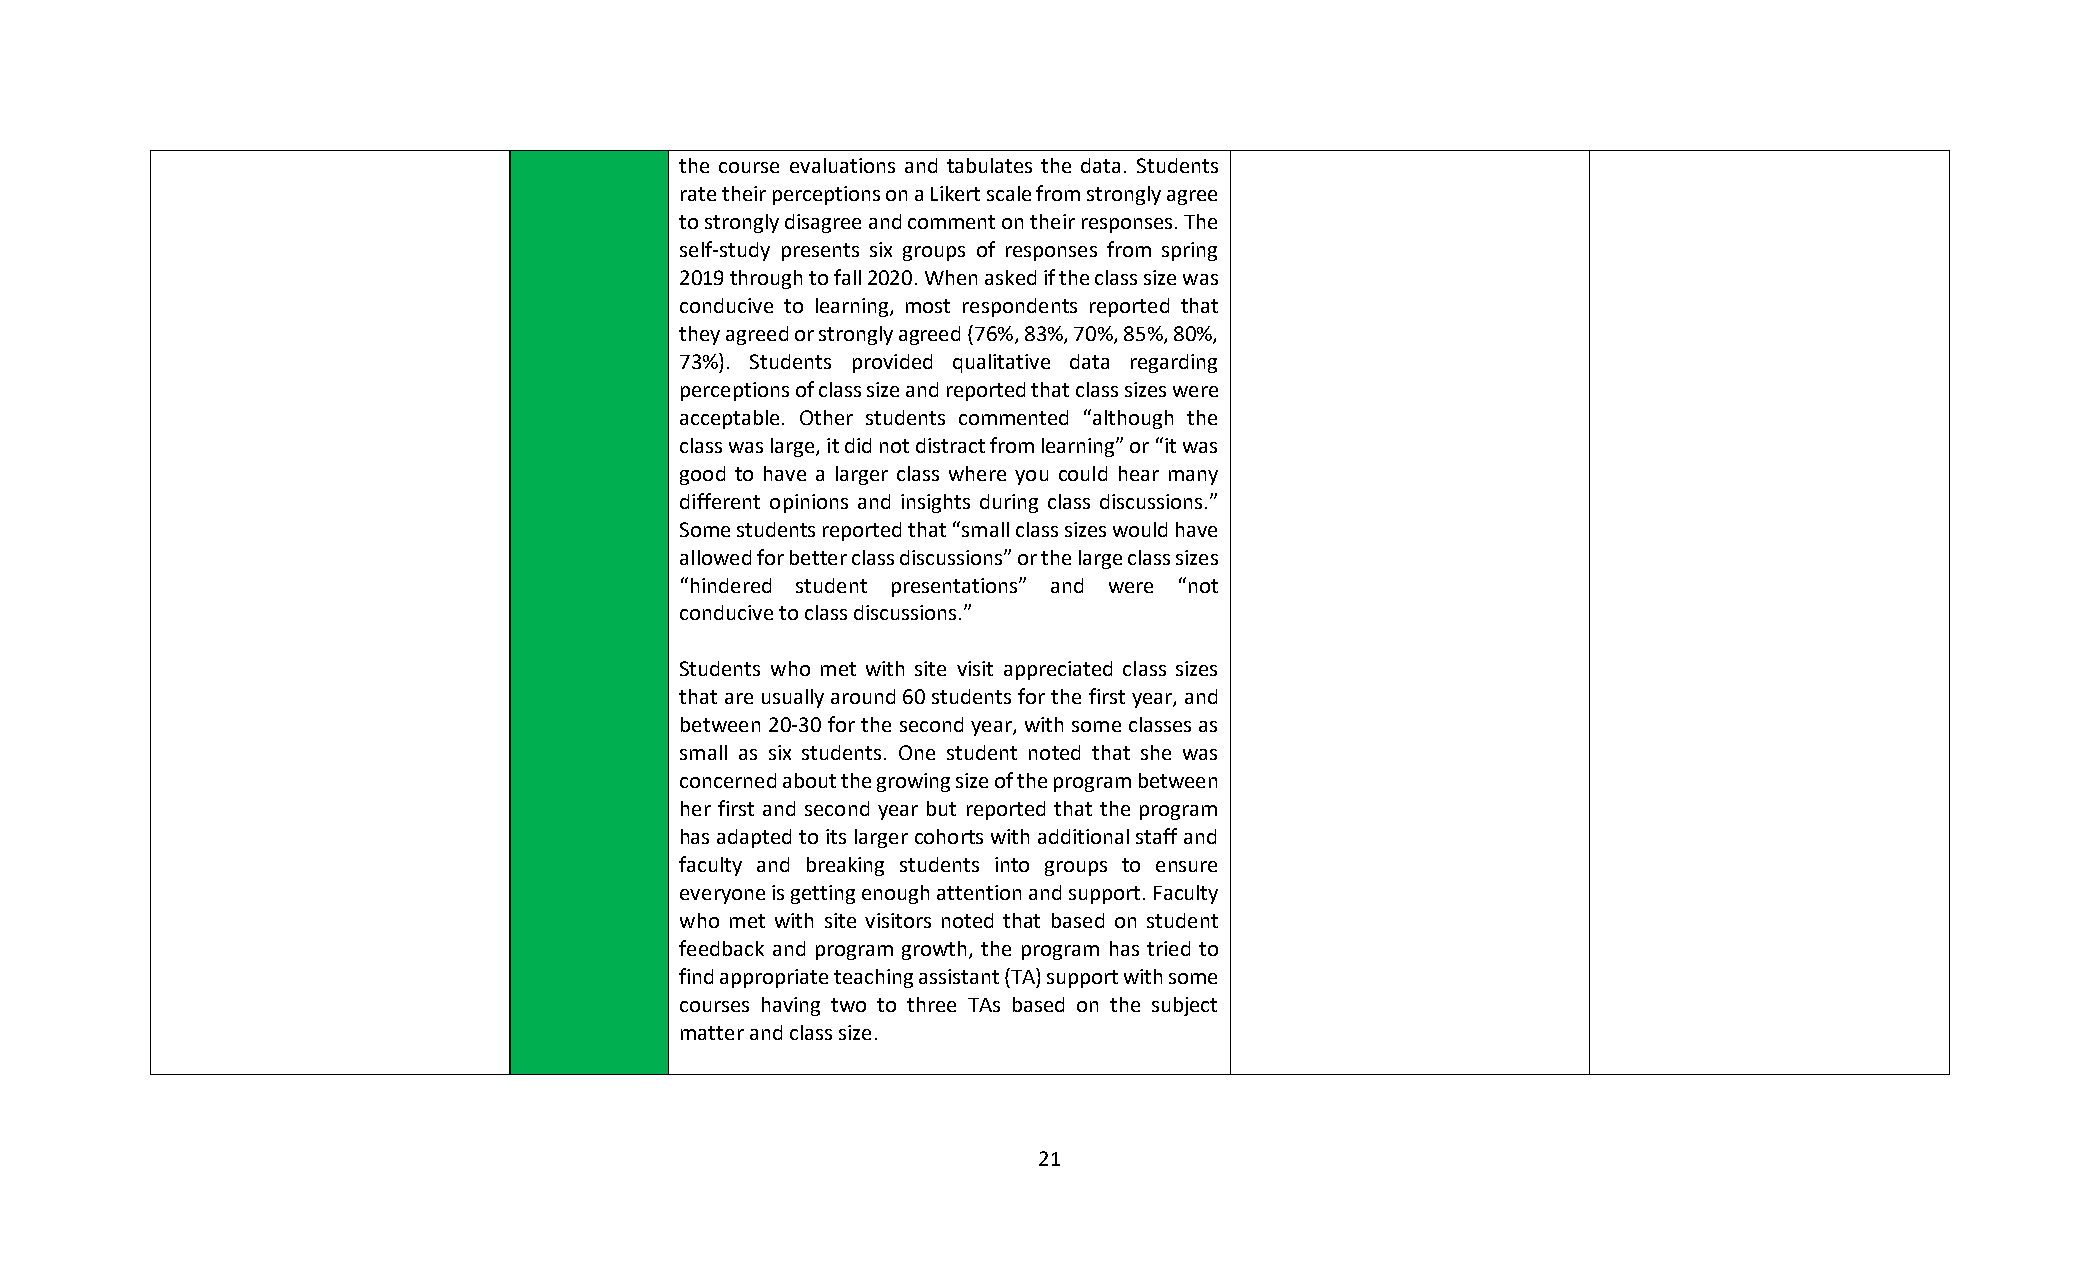
the course evaluations and tabulates the data. Students
 rate their perceptions on a Likert scale from strongly agree
 to strongly disagree and comment on their responses. The
 self-study presents six groups of responses from spring
 2019 through to fall 2020. When asked if the class size was
 conducive to learning, most respondents reported that
 they agreed or strongly agreed (76%, 83%, 70%, 85%, 80%,
 73%). Students provided qualitative data regarding
 perceptions of class size and reported that class sizes were
 acceptable. Other students commented “although the
 class was large, it did not distract from learning” or “it was
 good to have a larger class where you could hear many
 different opinions and insights during class discussions.”
 Some students reported that “small class sizes would have
 allowed for better class discussions” or the large class sizes
 “hindered student presentations” and were “not
 conducive to class discussions.”
 Students who met with site visit appreciated class sizes
 that are usually around 60 students for the first year, and
 between 20-30 for the second year, with some classes as
 small as six students. One student noted that she was
 concerned about the growing size of the program between
 her first and second year but reported that the program
 has adapted to its larger cohorts with additional staff and
 faculty and breaking students into groups to ensure
 everyone is getting enough attention and support. Faculty
 who met with site visitors noted that based on student
 feedback and program growth, the program has tried to
 find appropriate teaching assistant (TA) support with some
 courses having two to three TAs based on the subject
 matter and class size.
 21